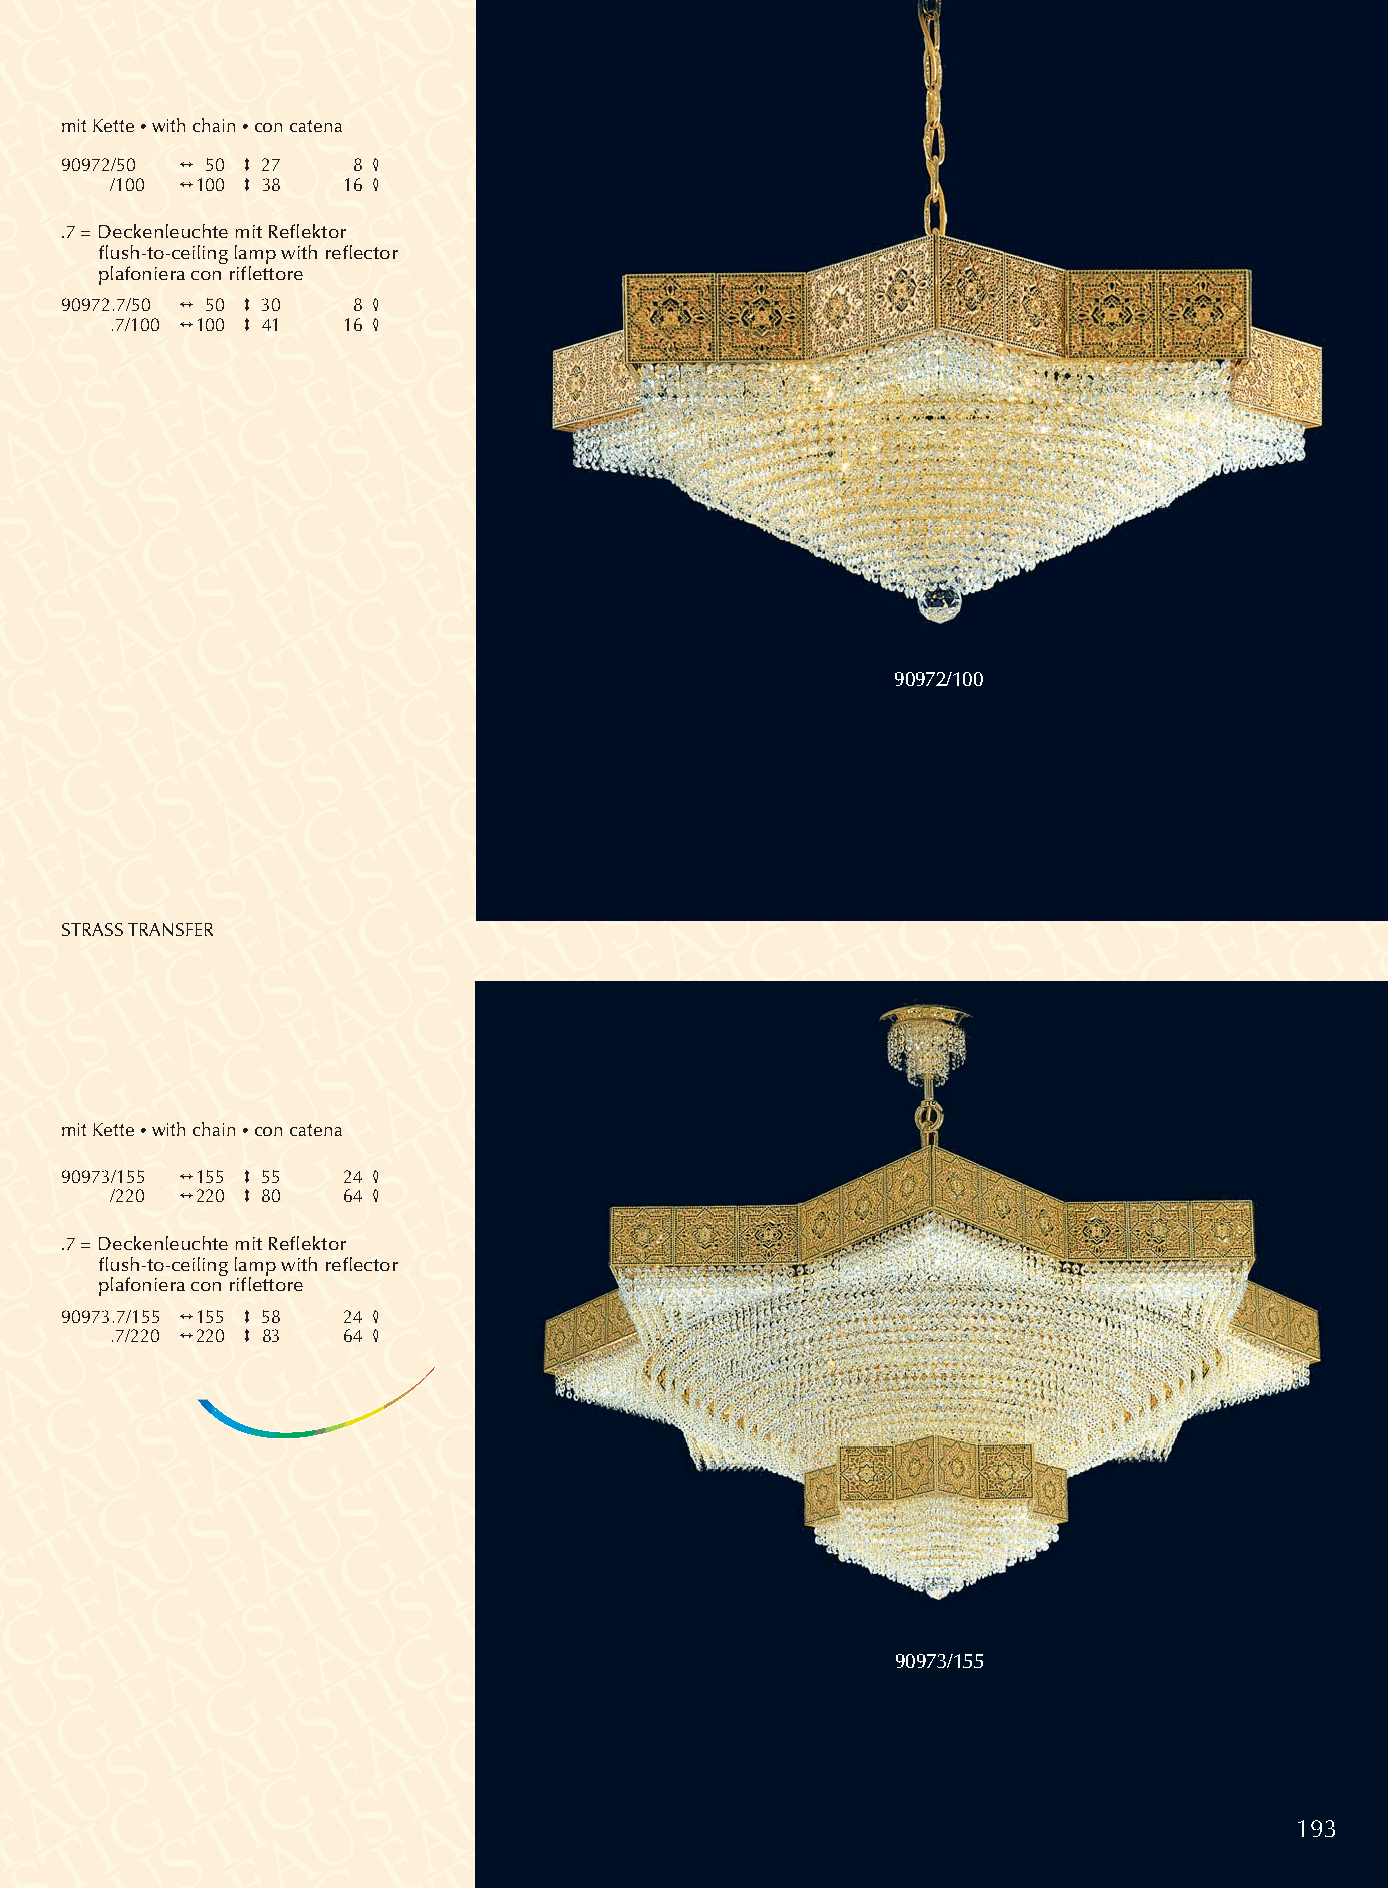
mit Kette •with chain •con catena
 90972/50 2 50 3 27 8 4
 /100 2100 3 38  16 4
 .7 =Deckenleuchte mit Reflektor
 flush-to-ceiling lamp with reflector
 plafoniera con riflettore
 90972.7/50 2 50 3 30 8 4
 .7/100 2100 3 41 16 4
 90972/100
 STRASSTRANSFER
 mit Kette •with chain •con catena
 90973/155 2155 3 55 24 4
 /220 2220 3 80  64 4
 .7 =Deckenleuchte mit Reflektor
 flush-to-ceiling lamp with reflector
 plafoniera con riflettore
 90973.7/155 2155 3 58 24 4
 .7/220 2220 3 83 64 4
 90973/155
 193